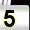
Digit: 5